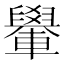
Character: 𨏐